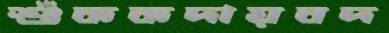
শুঁককদায়বদ